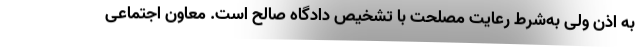
به اذن ولی به‌شرط رعایت مصلحت با تشخیص دادگاه صالح است. معاون اجتماعی